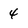
Character: 4